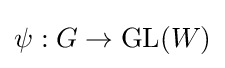
\psi :G\rightarrow {\text{GL}}(W)